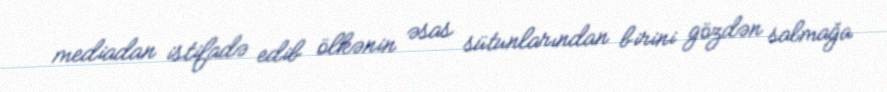
mediadan istifadə edib ölkənin əsas sütunlarından birini gözdən salmağa